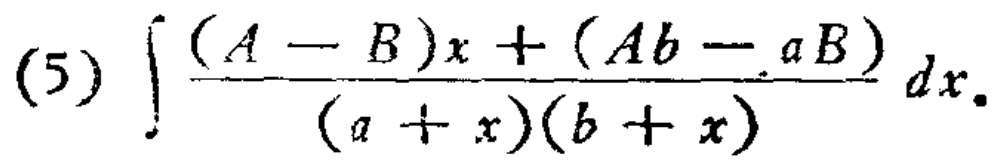
\((5)\int\frac{(A - B)x+(Ab - aB)}{(a + x)(b + x)}dx\)